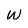
Character: w